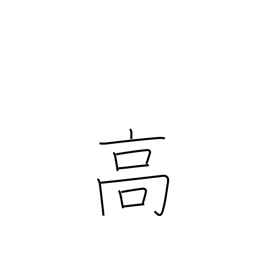
Meaning: tall